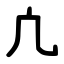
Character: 凣